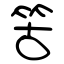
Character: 䇢